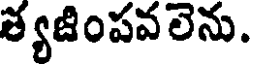
శ్యజింపవలెను.